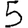
Digit: 5